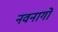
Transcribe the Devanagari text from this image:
नवनागों